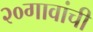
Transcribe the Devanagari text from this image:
२०गावांची